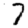
Digit: 7